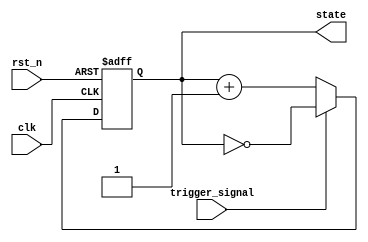
module falling_edge_trigger(
    input wire clk,                   // Clock signal
    input wire rst_n,                // Active low reset
    input wire trigger_signal,        // Signal of interest
    output reg [7:0] state           // 8-bit state register
);

// Initial state
initial begin
    state = 8'b00000000;              // Initialize state to 0
end

// Behavioral block on falling edge of the clock
always @(negedge clk or negedge rst_n) begin
    if (!rst_n) begin
        // Reset state on active low reset
        state <= 8'b00000000;          // Reset state to 0
    end else if (trigger_signal) begin
        // Example logic: Toggle the state on trigger when clock falls
        state <= ~state;               // Toggle state
    end else begin
        // State transition logic (can be state-dependent)
        state <= state + 1;            // Increment state
    end
end

endmodule